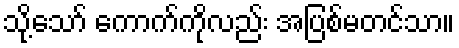
သို့သော် ကောက်ကိုလည်း အပြစ်မတင်သာ။